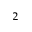
^ 2